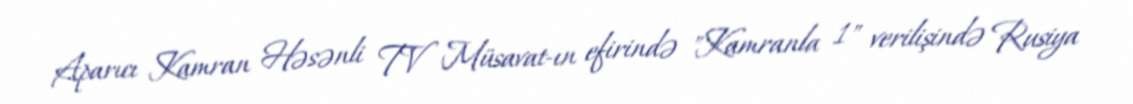
Aparıcı Kamran Həsənli TV Müsavat-ın efirində "Kamranla 1" verilişində Rusiya